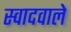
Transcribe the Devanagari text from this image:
स्वादवाले